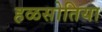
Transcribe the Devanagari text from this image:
हळसोतिया